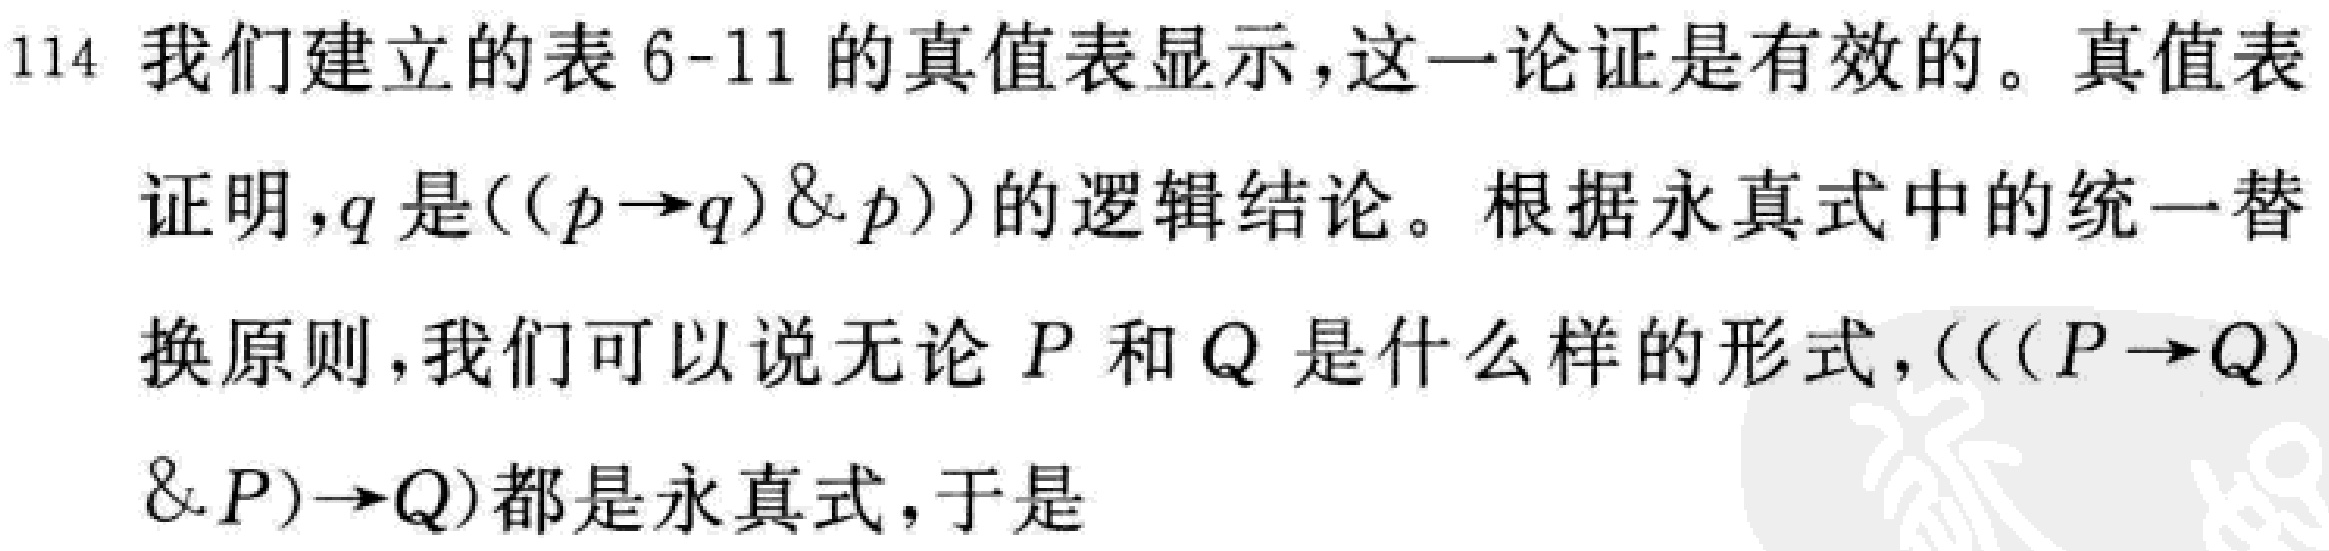
我们建立的表6-11的真值表显示，这一论证是有效的。真值表
证明，$q$是$((p\rightarrow q)\& p))$的逻辑结论。根据永真式中的统一替
换原则，我们可以说无论$P$和$Q$是什么样的形式，$(((P\rightarrow Q)
\& P)\rightarrow Q)$都是永真式，于是